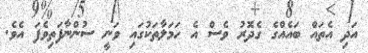
އަދި އެތައް ބައެއްގެ ގެދޮރު ވެސް އެ ހަމަލާތަކުގައި ވަނީ ސުންނާފަތިވެފަ އެވެ.